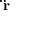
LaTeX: \mathbf { \ddot { r } }